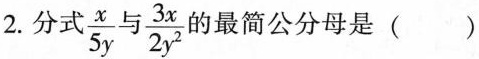
2. 分式 \frac{x}{5y}与 \frac{3x}{2y^{2}} 的最简公分母是( )